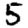
Digit: 5